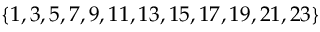
\{ 1 , 3 , 5 , 7 , 9 , 1 1 , 1 3 , 1 5 , 1 7 , 1 9 , 2 1 , 2 3 \}